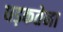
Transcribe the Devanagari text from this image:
धड़कतेना